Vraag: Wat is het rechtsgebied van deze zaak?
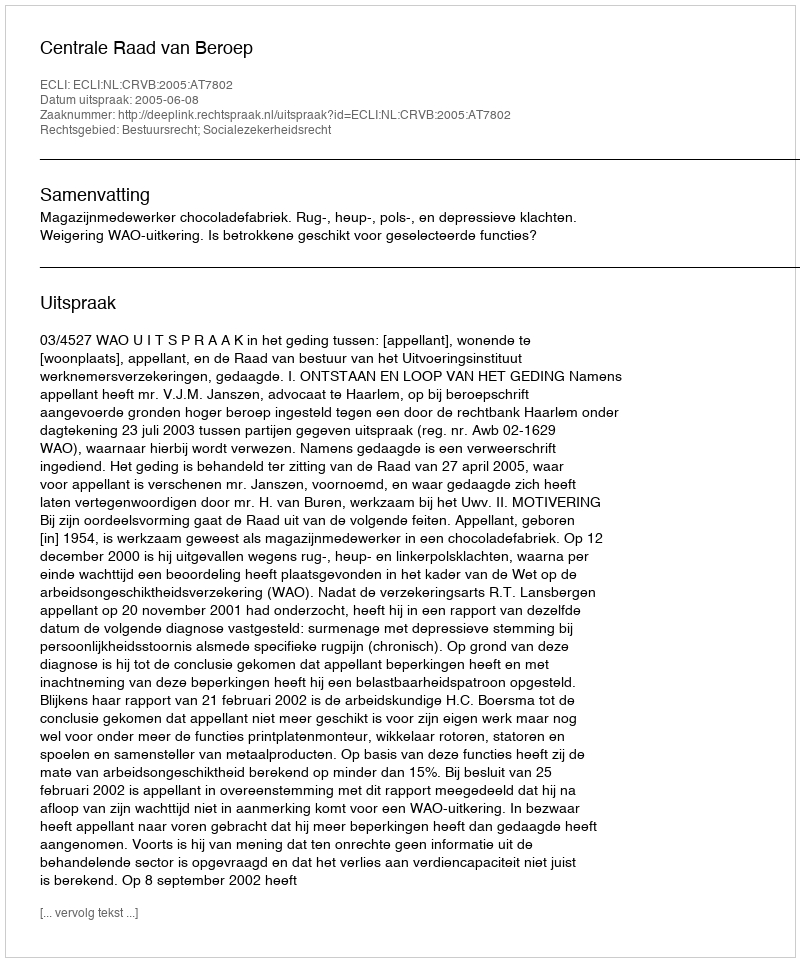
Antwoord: Bestuursrecht; Socialezekerheidsrecht